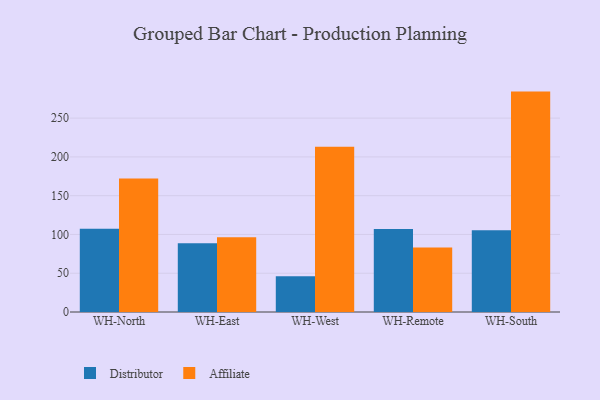
{"axis": {"x": "Warehouse", "y": "Gross Profit (USD K)"}, "legend": ["Affiliate", "Distributor"], "data": [{"x": "WH-North", "y": 107.2, "type": "Distributor"}, {"x": "WH-North", "y": 172.0, "type": "Affiliate"}, {"x": "WH-East", "y": 88.5, "type": "Distributor"}, {"x": "WH-East", "y": 96.3, "type": "Affiliate"}, {"x": "WH-West", "y": 46.1, "type": "Distributor"}, {"x": "WH-West", "y": 213.0, "type": "Affiliate"}, {"x": "WH-Remote", "y": 107.1, "type": "Distributor"}, {"x": "WH-Remote", "y": 83.1, "type": "Affiliate"}, {"x": "WH-South", "y": 105.3, "type": "Distributor"}, {"x": "WH-South", "y": 284.2, "type": "Affiliate"}]}